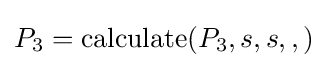
P_{3}=\operatorname {calculate} (P_{3},s,s,,)